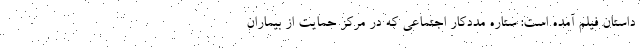
داستان فیلم آمده است: ستاره مددکار اجتماعی که در مرکز حمایت از بیماران